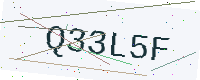
Text: Q33L5F